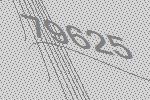
79625